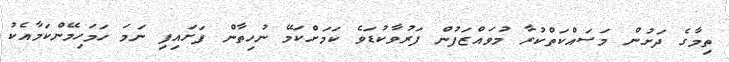
ތިމާގެ ދަށުން މަސައްކަތްކުރާ މުވައްޒަފުން ފަރުވާކުޑަވެ ކަމަށްކަމޭ ނުހިތާން ފަށައިފި ނަމަ ހަމަހިމޭންކަމާއެކު